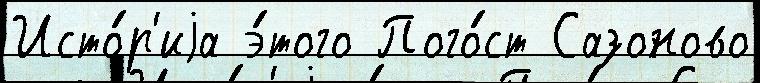
Исто́р'иjа э́того Пого́ст Сазоново